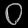
Digit: ၀